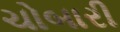
ચોબારી